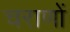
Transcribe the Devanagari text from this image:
चराणों